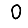
Digit: 0